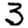
Digit: 3